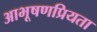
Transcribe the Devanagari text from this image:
आभूषणप्रियता